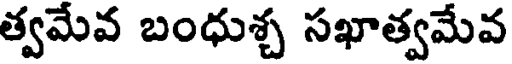
త్వమేవ బంధుశ్చ సఖాత్వమేవ